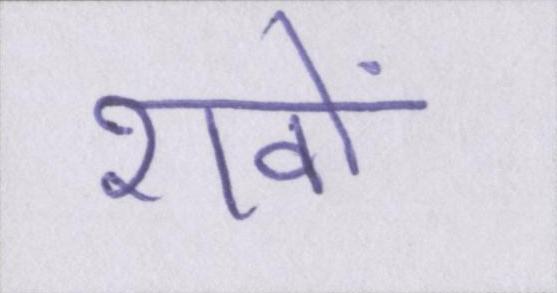
शवों